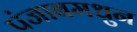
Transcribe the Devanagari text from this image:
पंजाबमधुन